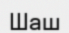
Шаш